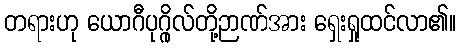
တရားဟု ယောဂီပုဂ္ဂိုလ်တို့ဉာဏ်အား ရှေးရှုထင်လာ၏။